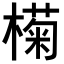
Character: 𣚭